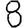
Digit: 8